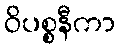
ဝိပစ္စနီကာ